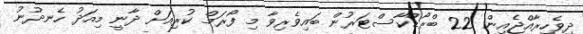
ދިވެހިރާއްޖެއިން 22 ބްރޯޑްކާސްޓަރުން ބައިވެރިވާ މި ފޯރަމް ކުރިއަށް ދާނީ މިއަދު ހެނދުނު